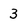
Character: 3